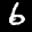
Label: 6